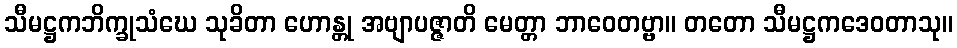
သီမဋ္ဌကဘိက္ခုသံဃေ သုခိတာ ဟောန္တု အဗျာပဇ္ဇာတိ မေတ္တာ ဘာဝေတဗ္ဗာ။ တတော သီမဋ္ဌကဒေဝတာသု။